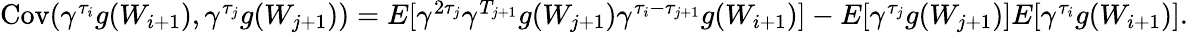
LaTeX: \begin{array}{r}{\mathrm{Cov}(\gamma^{\tau_{i}}g(W_{i+1}),\gamma^{\tau_{j}}g(W_{j+1}))=E[\gamma^{2\tau_{j}}\gamma^{T_{j+1}}g(W_{j+1})\gamma^{\tau_{i}-\tau_{j+1}}g(W_{i+1})]-E[\gamma^{\tau_{j}}g(W_{j+1})]E[\gamma^{\tau_{i}}g(W_{i+1})].}\end{array}